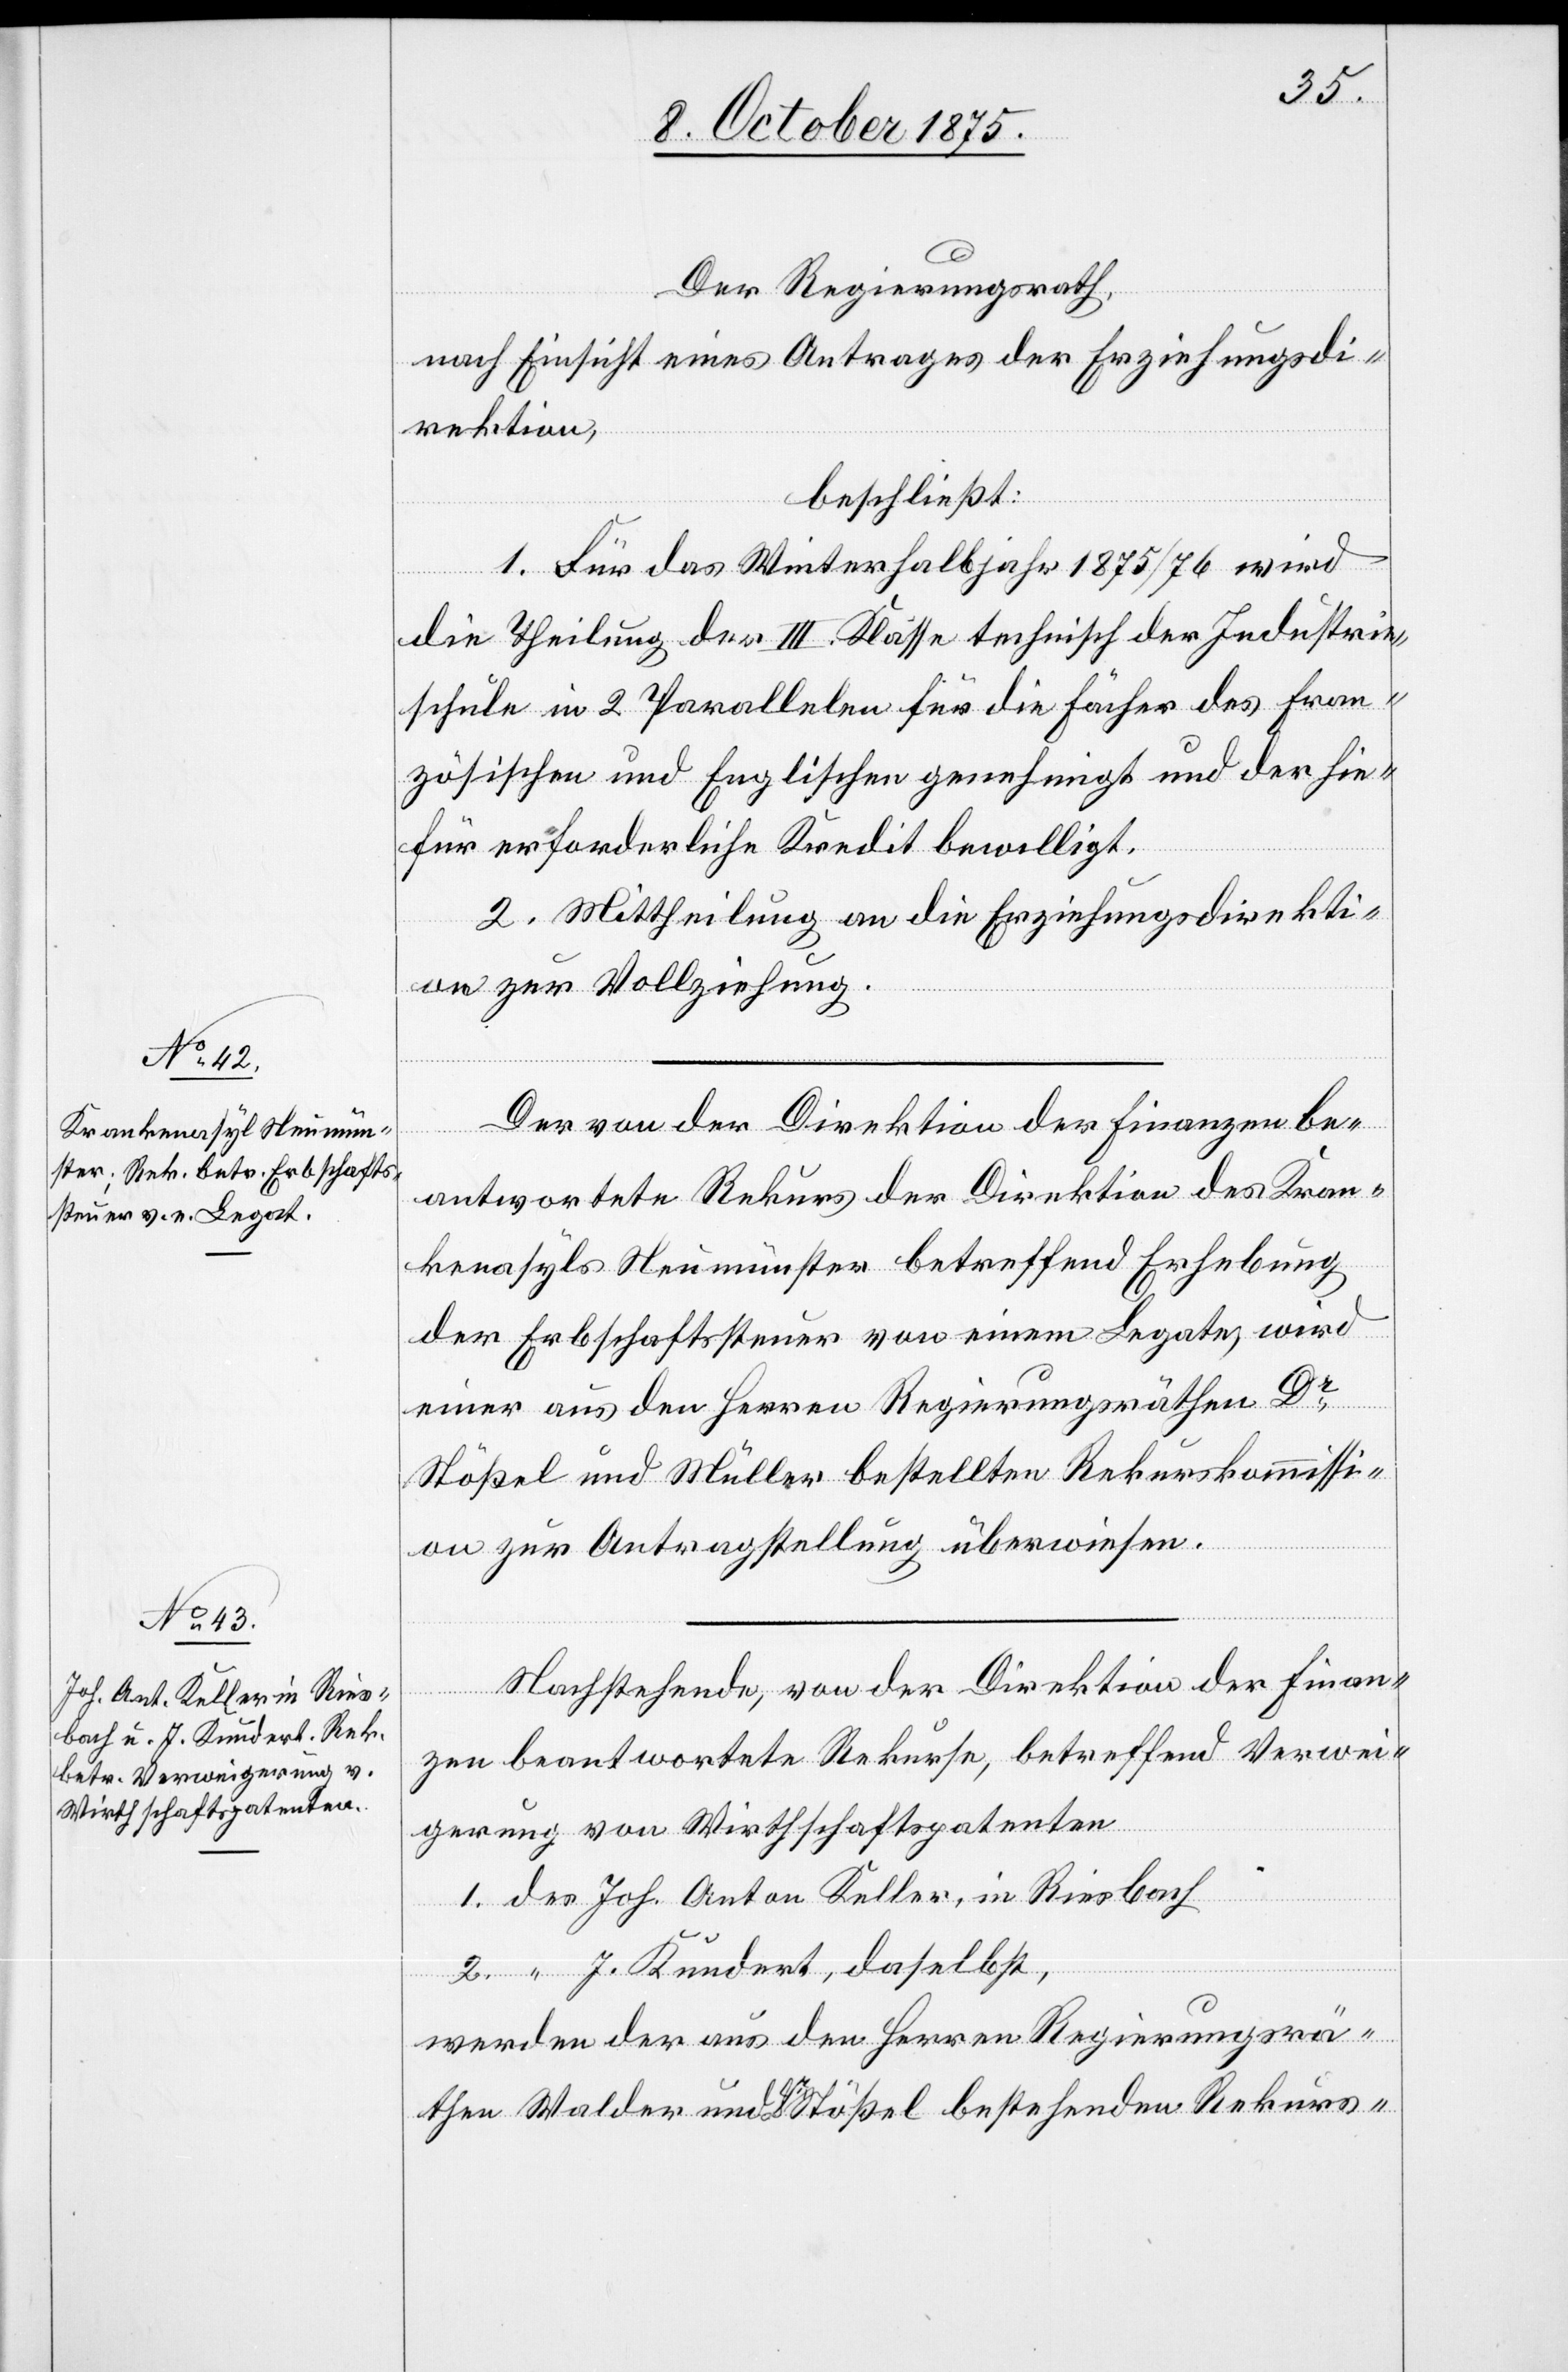
Der Regierungsrath,
nach Einsicht eines Antrages der Erziehungsdi¬
rektion,
beschließt:
1. Für das Winterhalbjahr 1875/76 wird
die Theilung der III. Klasse technisch der Industrie¬
schule in 2 Parallelen für die Fächer des Fran¬
zösischen und Englischen genehmigt und der hie¬
für erforderliche Kredit bewilligt.
2. Mittheilung an die Erziehungsdirekti¬
on zur Vollziehung.
Der von der Direktion der Finanzen be¬
antwortete Rekurs der Direktion des Kran¬
kenasyls Neumünster betreffend Erhebung
der Erbschaftssteuer von einem Legate, wird
einer aus den Herren Regierungsräthen Dr
Stößel und Müller bestellten Rekurskommissi¬
on zur Antragstellung überwiesen.
Nachstehende, von der Direktion der Finan¬
zen beantwortete Rekurse, betreffend Verwei¬
gerung von Wirthschaftspatenten
1. des Joh. Anton Keller, in Riesbach
2. “ J. Kundert, daselbst,
werden der aus den Herren Regierungsrä¬
then Walder und Dr Stößel bestehenden Rekurs-